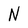
Character: N